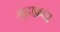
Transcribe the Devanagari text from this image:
मुहाफ़धा